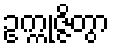
ဥက္ကုဇ္ဇိတွာ